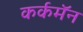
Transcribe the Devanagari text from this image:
कर्कमॅन